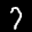
Label: 7